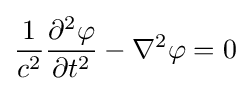
{\frac {1}{c^{2}}}{\frac {\partial ^{2}\varphi }{\partial t^{2}}}-\nabla ^{2}\varphi =0